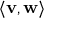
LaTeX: \langle \mathbf { v } , \mathbf { w } \rangle